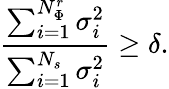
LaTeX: \frac{\sum_{i=1}^{N_{\Phi}^{r}}\sigma_{i}^{2}}{\sum_{i=1}^{N_{s}}\sigma_{i}^{2}}\ge\delta.